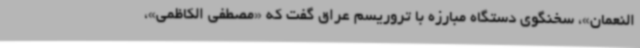
النعمان»، سخنگوی دستگاه مبارزه با تروریسم عراق گفت که «مصطفی الکاظمی»،